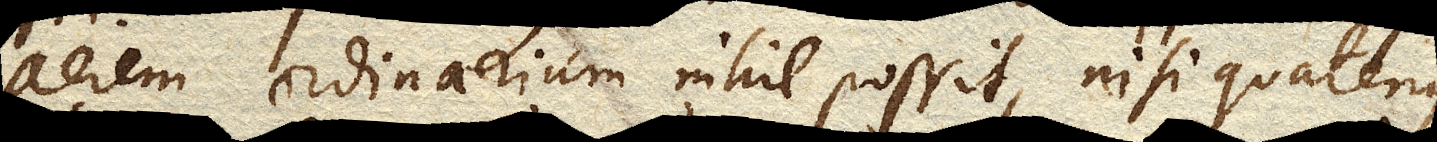
aerem ordinarium nihil possit, nisi quatenus